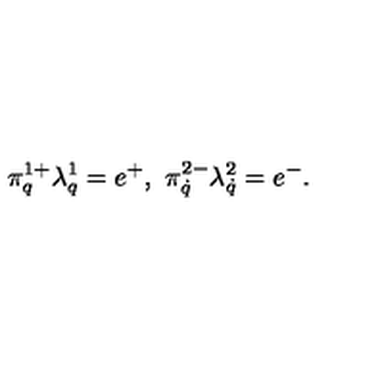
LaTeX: \pi _ { q } ^ { 1 + } \lambda _ { q } ^ { 1 } = e ^ { + } , \ \pi _ { \dot { q } } ^ { 2 - } \lambda _ { \dot { q } } ^ { 2 } = e ^ { - } .